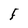
Character: F